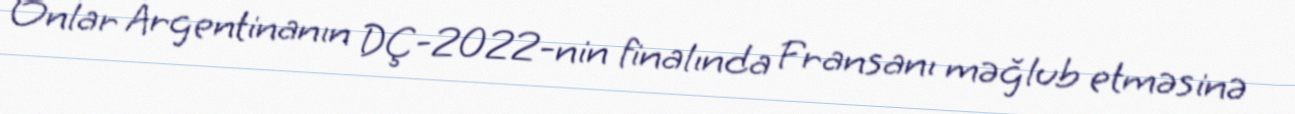
Onlar Argentinanın DÇ-2022-nin finalında Fransanı məğlub etməsinə